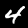
Digit: 4